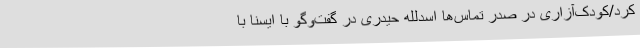
کرد/کودک‌آزاری در صدر تماس‌ها اسدلله حیدری در گفت‌وگو با ایسنا با